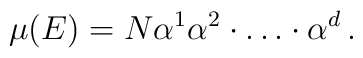
\mu(E) = N \alpha^{1}\alpha^{2}\cdot \dots \cdot \alpha^{d} \, .